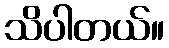
သိပါတယ်။